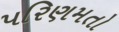
પરિણમતો